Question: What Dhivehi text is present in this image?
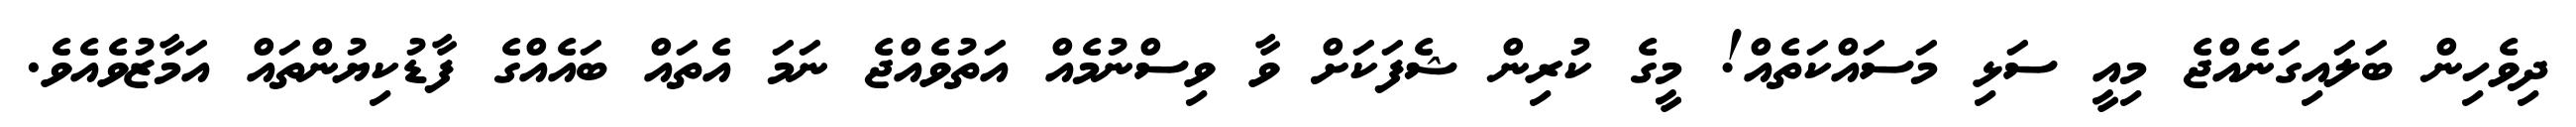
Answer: ދިވެހިން ބަލައިގަނެއްޖެ މިއީ ސަޅި މަސައްކަތެއް! މީގެ ކުރިން ޝެފަކަށް ވާ ވިސްނުމެއް އަތުވެއްޖެ ނަމަ އެތައް ބައެއްގެ ފާޑުކިޔުންތައް އަމާޒުވެއެވެ.